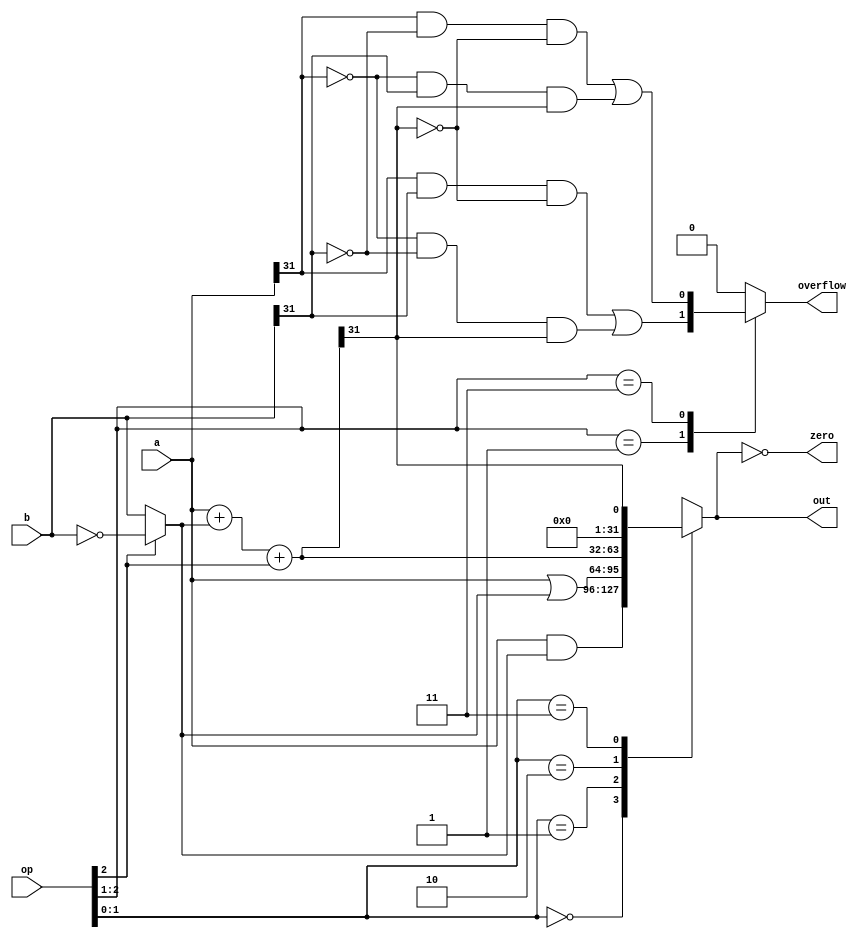
`timescale 1ns / 1ps



module alu(
	input wire[31:0] a,b,
	input wire[2:0] op,  // ALUControl
	output reg[31:0] out,  // ALUResult
	output reg overflow, 
	output wire zero
    );

	wire[31:0] sum,b_com;             // One's complement of b

	assign b_com = op[2] ? ~b : b;    //op[2] = 1 means sub or slt instruction 
	assign sum = a + b_com + op[2];   //(Two's complement of b) + a
	
	always @(*) begin
		case (op[1:0])
			2'b00: out <= a & b_com;    //000 for and
			2'b01: out <= a | b_com;    //001 for or
			2'b10: out <= sum;          //010 for add, lw; 110 for sub, beq
			2'b11: out <= sum[31];      //111 for slt
			default : out <= 32'b0;
		endcase	
	end

	assign zero = (out == 32'b0);       //judging whether x is 0 for beq

	always @(*) begin
		case (op[2:1])
			2'b01:overflow <= a[31] & b[31] & ~sum[31] |     //001 and 110 means overflow,invert the last bit, then 000 and 111 means overflow
							~a[31] & ~b[31] & sum[31];       //These two cases can be bitwise AND to get 1 when they are unchanged or fully reversed.
			2'b11:overflow <= a[31] & ~b[31] & ~sum[31] |
							~a[31] & b[31] & sum[31];
			default : overflow <= 1'b0;
		endcase	
	end
endmodule